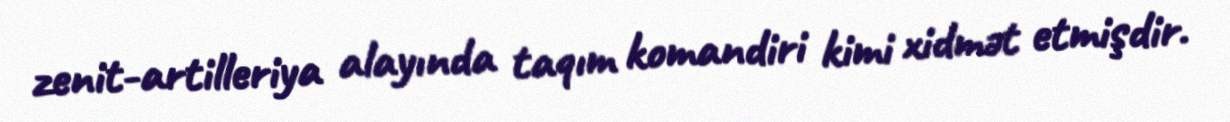
zenit-artilleriya alayında taqım komandiri kimi xidmət etmişdir.